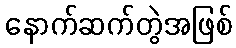
နောက်ဆက်တွဲအဖြစ်